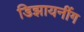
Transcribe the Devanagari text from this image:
डिझायनींग